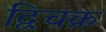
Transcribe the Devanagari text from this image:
द्विचक्र